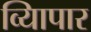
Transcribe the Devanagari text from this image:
व्यािपार